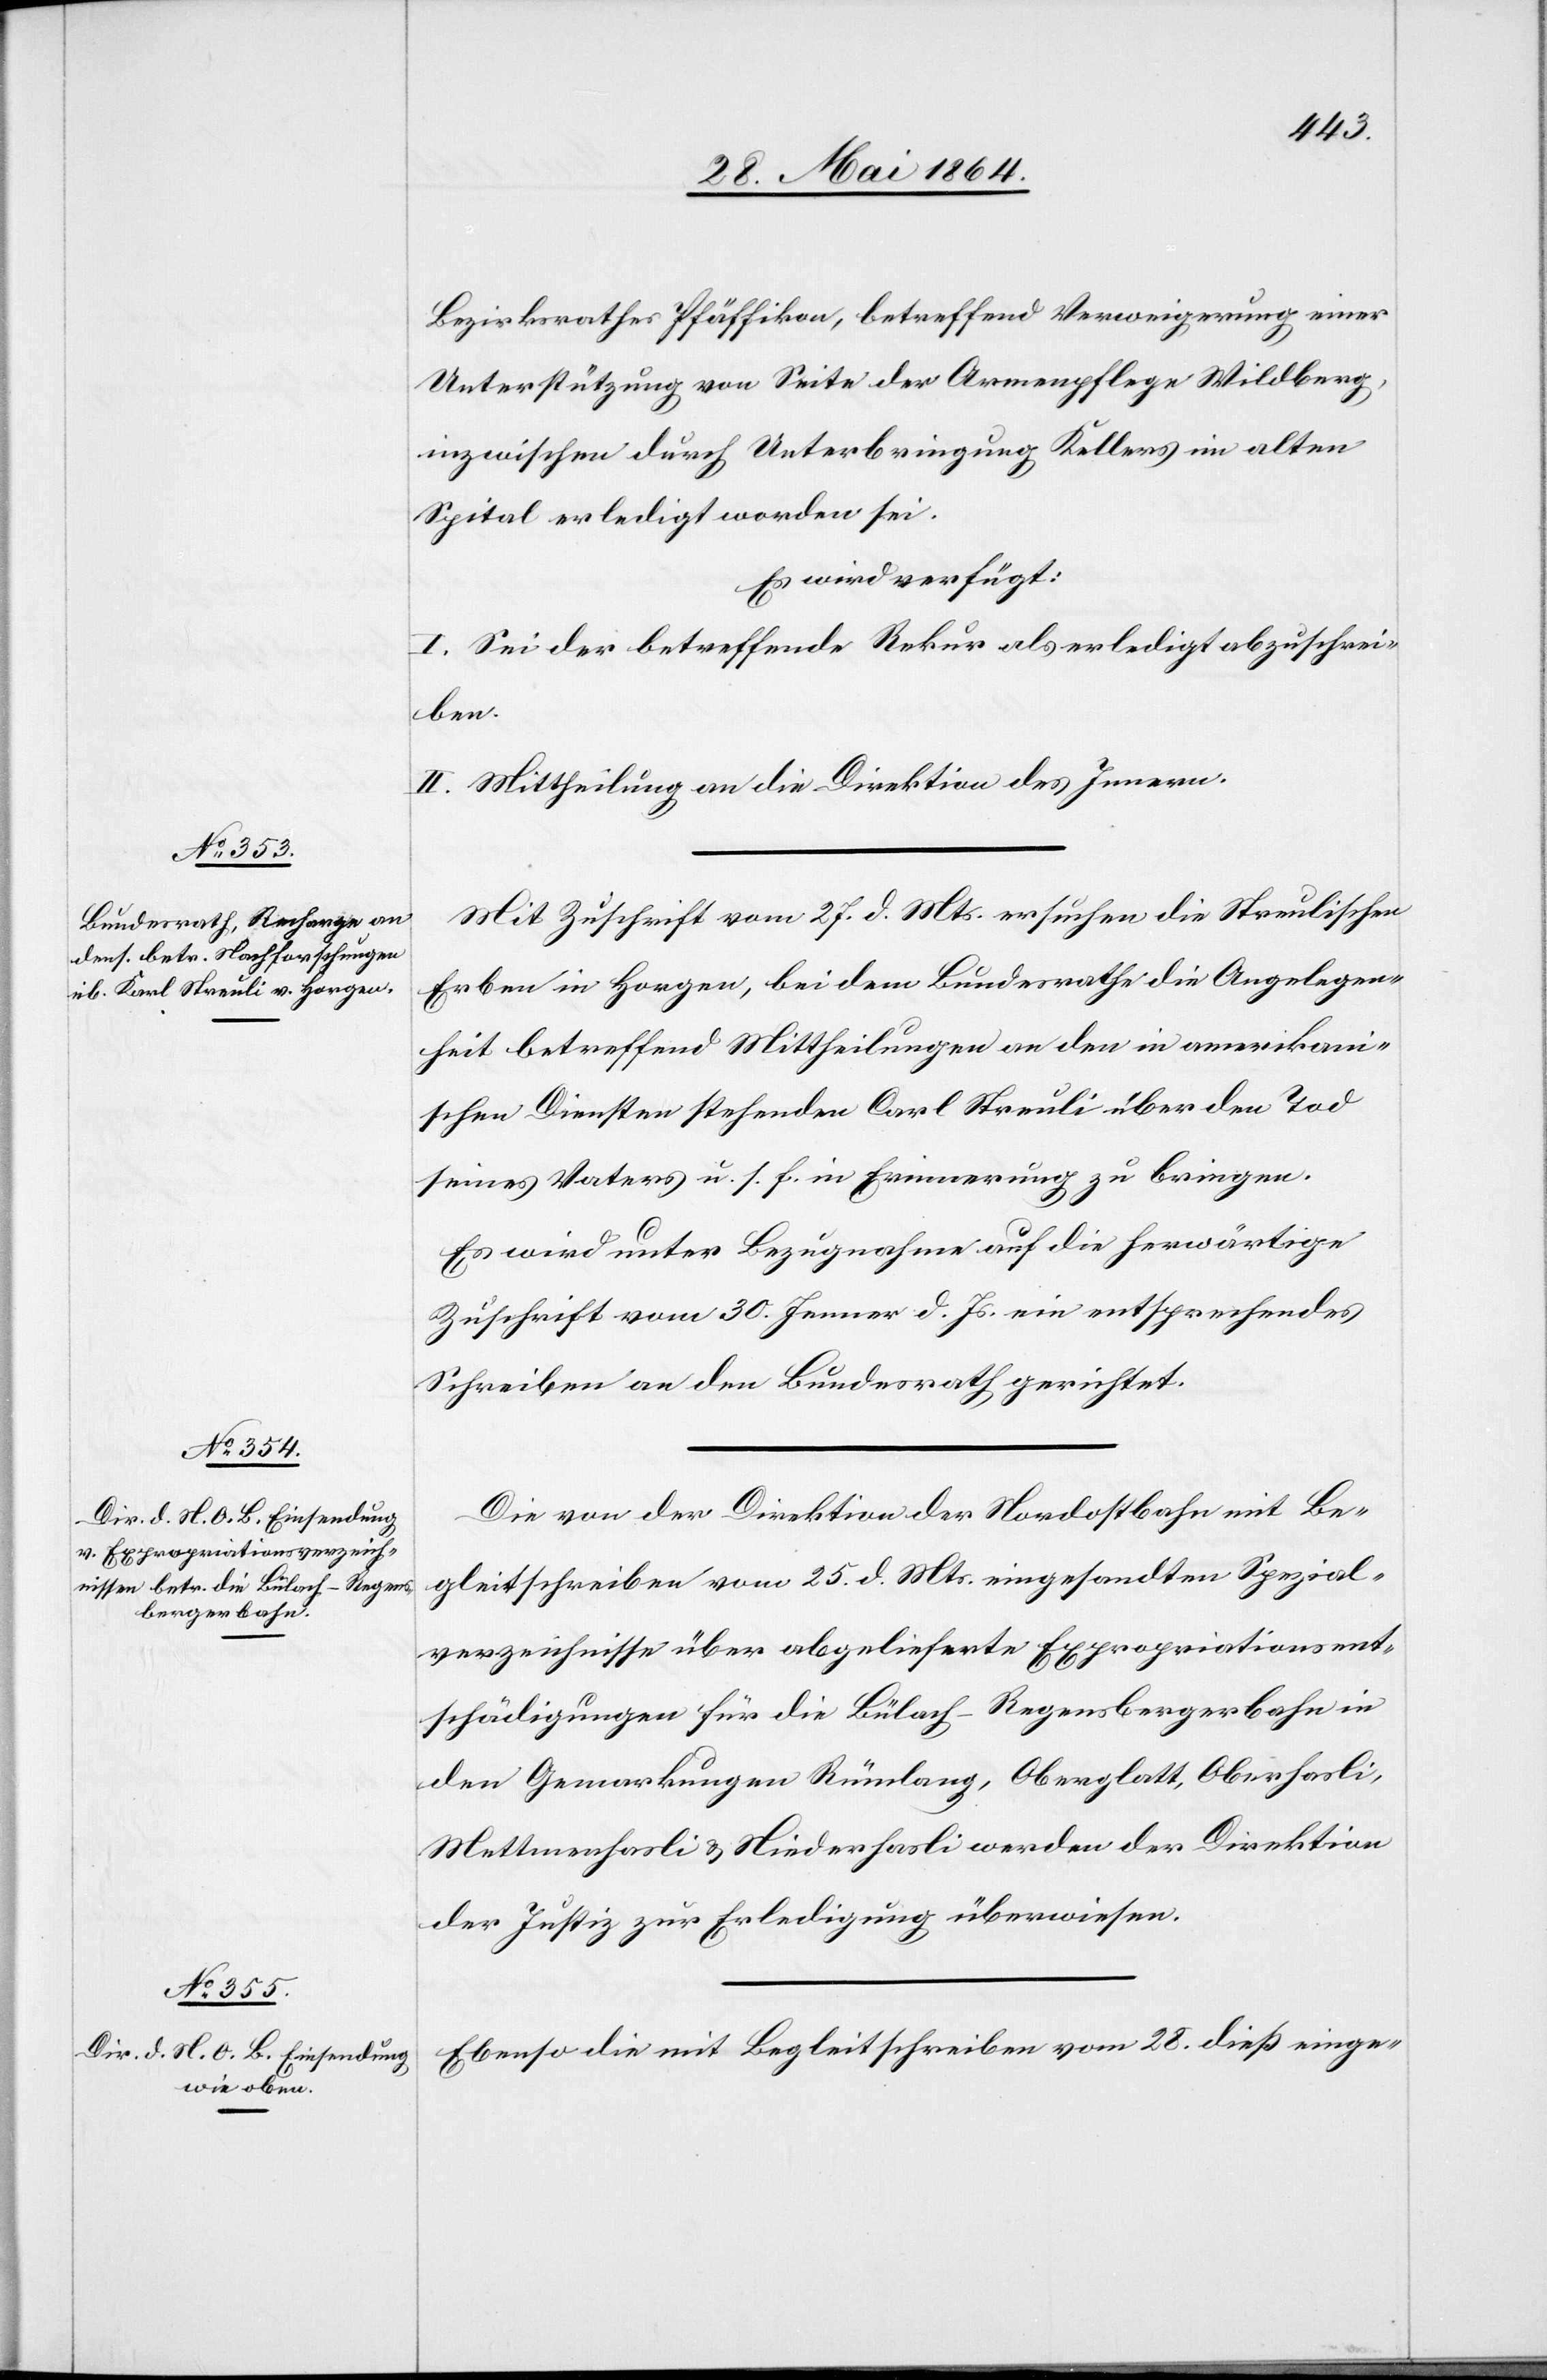
31. Mai 1864.]
Bezirksrathes Pfäffikon, betreffend Verweigerung einer
Unterstützung von Seite der Armenpflege Wildberg,
inzwischen durch Unterbringung Kellers im alten
Spital erledigt worden sei.
Es wird verfügt:
I. Sei der betreffende Rekurs als erledigt abzuschrei¬
den
II. Mittheilung an die Direktion des Innern.
Mit Zuschrift vom 27. d. Mts. ersuchen die Streulischen
Erben in Horgen, bei dem Bundesrathe die Angelegen¬
heit betreffend Mittheilungen an den in amerikani¬
schen Diensten stehenden Carl Streuli über den Tod
seines Vaters u. s. f. in Erinnerung zu bringen.
Es wird unter Bezugnahme auf die herwärtige
Zuschrift vom 30. Jenner d. Js. ein entsprechendes
Schreiben an den Bundesrath gerichtet.
Die von der Direktion der Nordostbahn mit Be¬
gleitschreiben vom 25. d. Mts. eingesandten Spezial¬
verzeichnisse über abgelieferte Expropriationsent¬
schädigungen für die Bülach–Regensbergerbahn in
den Gemarkungen Rümlang, Oberglatt, Oberhasli,
Mettmenhasli u. Niederhasli werden der Direktion
der Justiz zur Erledigung überwiesen.
Ebenso die mit Begleitschreiben vom 28. dieß einge-